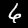
Label: 6